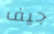
جيف